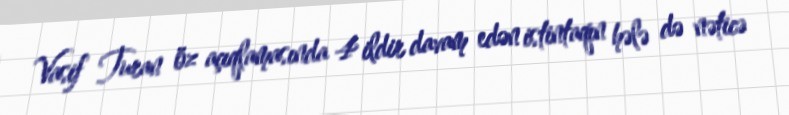
Vasif Turan öz açıqlamasında 4 ildir davam edən istintaqın hələ də nəticə